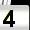
Digit: 4